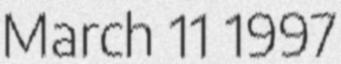
March 11 1997